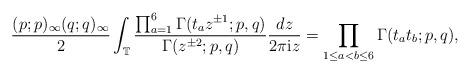
LaTeX: \begin{align*} \frac{(p;p)_\infty (q;q)_\infty}{2} \int_{\mathbb{T}} \frac{\prod_{a=1}^6\Gamma(t_a z^{\pm 1} ;p,q)}{\Gamma(z^{\pm 2};p,q)} \frac{dz}{2 \pi \textup{i} z}= \prod_{1 \leq a < b \leq 6} \Gamma(t_a t_b;p,q),\end{align*}